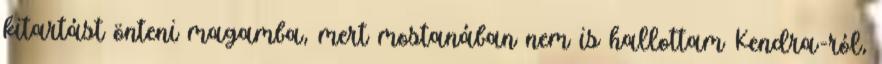
kitartást önteni magamba, mert mostanában nem is hallottam Kendra-ról,